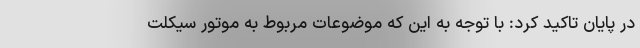
در پایان تاکید کرد: با توجه به این که موضوعات مربوط به موتور سیکلت